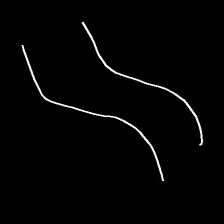
Glyph: float